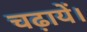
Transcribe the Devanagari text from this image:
चढ़ायें।